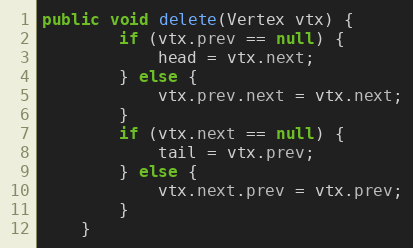
Language: Java
public void delete(Vertex vtx) {
        if (vtx.prev == null) {
            head = vtx.next;
        } else {
            vtx.prev.next = vtx.next;
        }
        if (vtx.next == null) {
            tail = vtx.prev;
        } else {
            vtx.next.prev = vtx.prev;
        }
    }